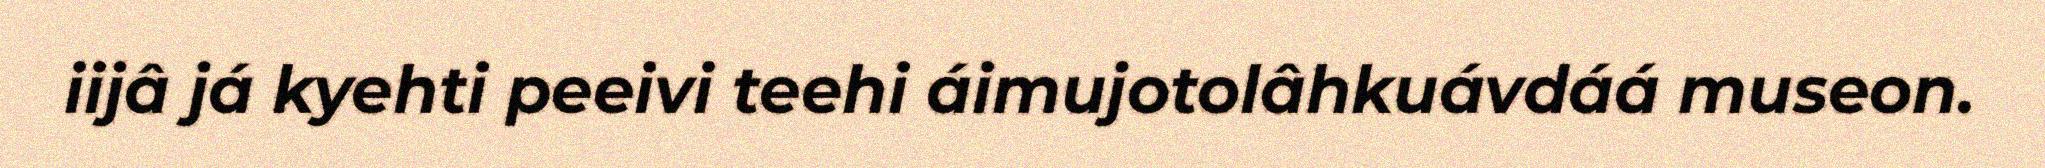
iijâ já kyehti peeivi teehi áimujotolâhkuávdáá museon.